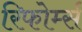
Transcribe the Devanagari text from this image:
रिफोर्म्स